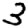
Digit: 3